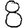
Digit: 8